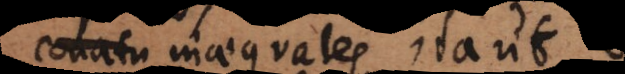
conatu inaequales, ita ut